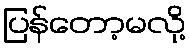
ပြန်တော့မလို့